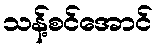
သန့်စင်အောင်